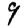
Digit: 9